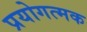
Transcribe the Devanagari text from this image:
प्रयोगत्मक